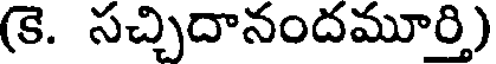
(కె. సచ్చిదానందమూర్తి)